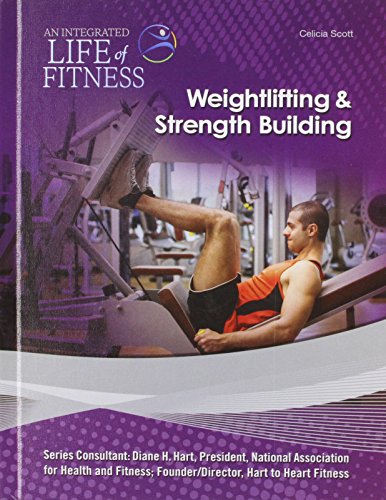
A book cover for Weightlifting & Strength Building (An Integrated Life of Fitness); Celicia Scott; Teen & Young Adult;